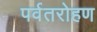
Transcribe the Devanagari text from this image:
पर्वतरोहण